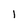
Character: l